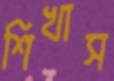
শিখাস